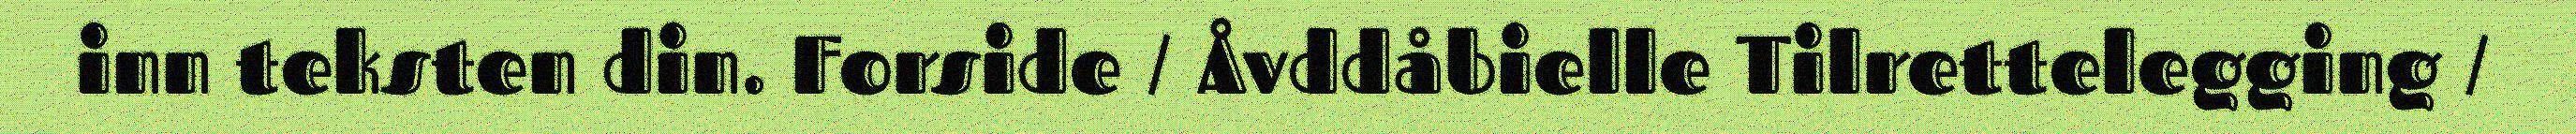
inn teksten din. Forside / Åvddåbielle Tilrettelegging /